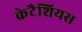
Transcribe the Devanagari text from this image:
क्रेटैशियस